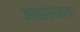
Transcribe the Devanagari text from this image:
आहाराचाच